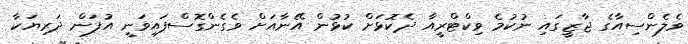
ވެލެންސިއާގެ ޖާޒީގައި ނުކުމެ ވިކްޓްރީއާ ދެކޮޅަށް ކުޅުން އޭނާއަށް ވެގެންގޮސްފައިވަނީ އުފަން ދަރިޔަކާ